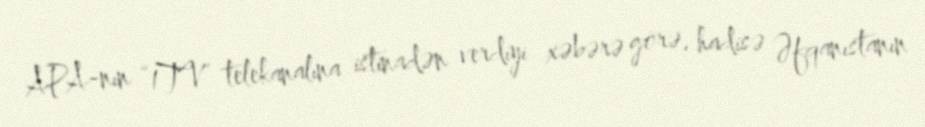
APA-nın “1TV” telekanalına istinadən verdiyi xəbərə görə, hadisə Əfqanıstanın